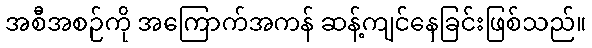
အစီအစဉ်ကို အကြောက်အကန် ဆန့်ကျင်နေခြင်းဖြစ်သည်။